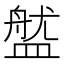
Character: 𥂏